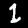
Digit: 1